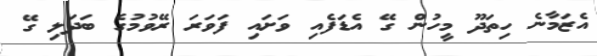
އެޒަމާނެ ހިތަދޫ މީހުން ގޭ އެޑަފެއި ވަށައި ފަވަރަ ރޭވުމުގެ ބަދަލި ގޭ